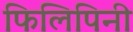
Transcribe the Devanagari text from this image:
फिलिपिनी